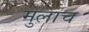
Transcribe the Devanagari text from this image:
मुलाच